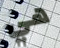
هي